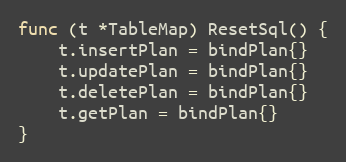
Language: Go
func (t *TableMap) ResetSql() {
	t.insertPlan = bindPlan{}
	t.updatePlan = bindPlan{}
	t.deletePlan = bindPlan{}
	t.getPlan = bindPlan{}
}